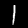
Digit: 1